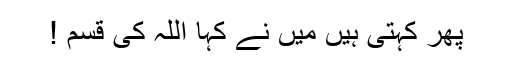
پھر کہتی ہیں مَیں نے کہا اللہ کی قسم !